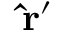
\mathbf { \hat { r } } ^ { \prime }